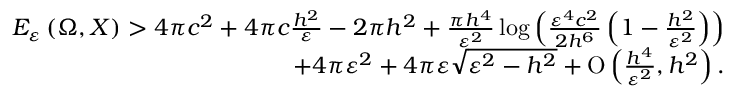
\begin{array} { r } { E _ { \varepsilon } \left( \Omega , X \right) > 4 \pi c ^ { 2 } + 4 \pi c \frac { h ^ { 2 } } { \varepsilon } - 2 \pi h ^ { 2 } + \frac { \pi h ^ { 4 } } { \varepsilon ^ { 2 } } \log { \left( \frac { \varepsilon ^ { 4 } c ^ { 2 } } { 2 h ^ { 6 } } \left( 1 - \frac { h ^ { 2 } } { \varepsilon ^ { 2 } } \right) \right) } } \\ { + 4 \pi \varepsilon ^ { 2 } + 4 \pi \varepsilon \sqrt { \varepsilon ^ { 2 } - h ^ { 2 } } + \ensuremath { \operatorname { O } \left( \frac { h ^ { 4 } } { \varepsilon ^ { 2 } } , h ^ { 2 } \right) } . } \end{array}